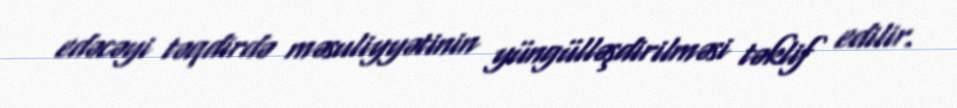
edəcəyi təqdirdə məsuliyyətinin yüngülləşdirilməsi təklif edilir.